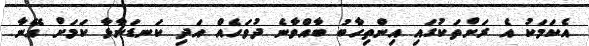
އެކަމަކު އެ ރަށްތަކުގައި އިންތިހާބު ބާއްވާނެ ދުވަހެއް އަދި ކަނޑަނާޅާ ކަމަށް އޭނާ